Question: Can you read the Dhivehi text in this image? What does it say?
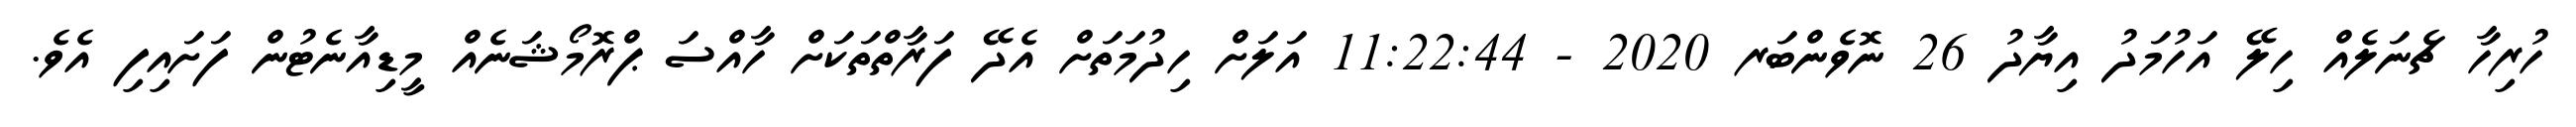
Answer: ހުރިހާ ޗެނަލެއް ހިލޭ އަހުމަދު އިޔާދު 26 ނޮވެންބަރ 2020 - 11:22:44 އަލަށް ހިދުމަތަށް އެދޭ ފަރާތްތަކަށް ހާއްސަ ޕްރޮމޯޝަނެއް މީޑިއާނެޓުން ފަށައިފި އެވެ.